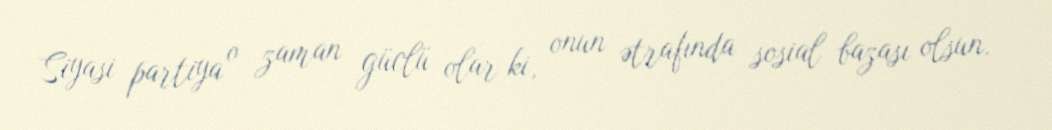
Siyasi partiya o zaman güclü olar ki, onun ətrafında sosial bazası olsun.